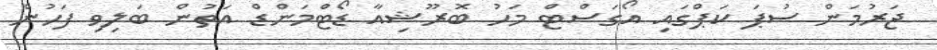
ޖަރުމަން ސުޕަ ކަޕްގައި އޯގަސްޓް މަހު ބޮރޫޝިއާ ޑޯޓްމަންޑް އަތުން ބަލިވި ފަހުން